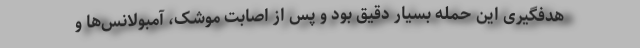
هدفگیری این حمله بسیار دقیق بود و پس از اصابت موشک، آمبولانس‌ها و